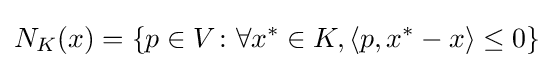
N_{K}(x)=\left\{p\in V\colon \forall x^{*}\in K,\left\langle p,x^{*}-x\right\rangle \leq 0\right\}